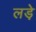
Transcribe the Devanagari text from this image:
लडे़